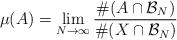
LaTeX: \begin{align*}\mu(A)=\lim_{N\to\infty}\frac{\#(A\cap\mathcal{B}_N)}{\#(X\cap\mathcal{B}_N)}\end{align*}